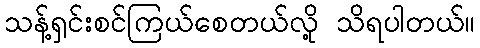
သန့်ရှင်းစင်ကြယ်စေတယ်လို့ သိရပါတယ်။